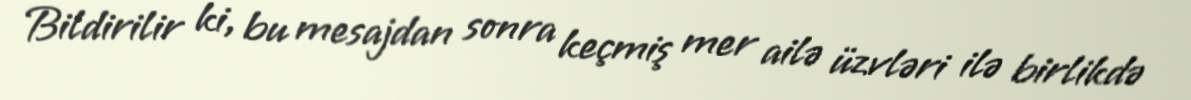
Bildirilir ki, bu mesajdan sonra keçmiş mer ailə üzvləri ilə birlikdə